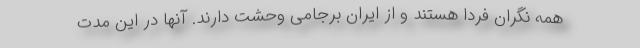
همه نگران فردا هستند و از ایران برجامی وحشت دارند. آنها در این مدت